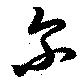
尓